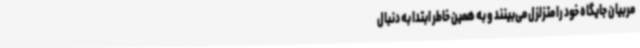
مربیان جایگاه خود را متزلزل می‌بینند و به همین خاطر ابتدا به دنبال